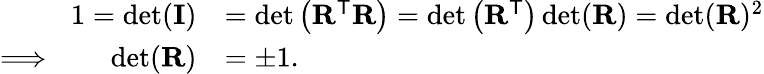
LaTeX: {\begin{array}{rl}{1=\operatorname*{det}(\mathbf{I})}&{=\operatorname*{det}\left(\mathbf{R}^{\mathsf{T}}\mathbf{R}\right)=\operatorname*{det}\left(\mathbf{R}^{\mathsf{T}}\right)\operatorname*{det}(\mathbf{R})=\operatorname*{det}(\mathbf{R})^{2}}\\ {\Longrightarrow\qquad\operatorname*{det}(\mathbf{R})}&{=\pm 1.}\end{array}}